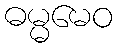
ဓမ္မမေဝ